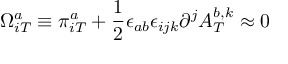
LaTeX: \Omega _ { i T } ^ { a } \equiv \pi _ { i T } ^ { a } + \frac { 1 } { 2 } \epsilon _ { a b } \epsilon _ { i j k } \partial ^ { j } A _ { T } ^ { b , k } \approx 0